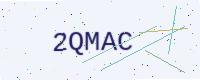
Text: 2QMAC